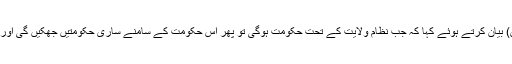
اس دوران مولانا سید محمد کوثر جعفری نے سیرت رسول اللہ (ص) بیان کرتے ہوئے کہا کہ جب نظام ولایت کے تحت حکومت ہوگی تو پھر اس حکومت کے سامنے ساری حکومتیں جھکیں گی اور طاغوتی و استکباری طاقتوں کے مذموم مقاصد ناکام ہوجائیں گے۔